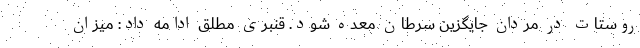
روستات در مردان جایگزین سرطان معده شود. قنبری مطلق ادامه داد: میزان